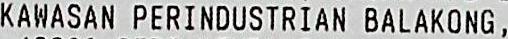
KAWASAN PERINDUSTRIAN BALAKONG,